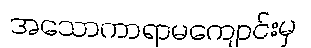
အသောကာရာမကျောင်းမှ